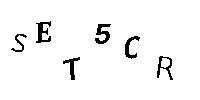
SET5CR